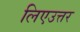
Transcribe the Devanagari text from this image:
लिएउत्तर